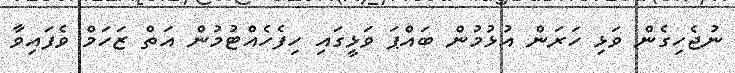
ނުޖެހިގެން ވަޅި ހަރަން އުޅުމުން ބައްޕަ ވަޅީގައި ހިފެހެއްޓުމުން އަތް ޒަހަމް ވެފައިވާ